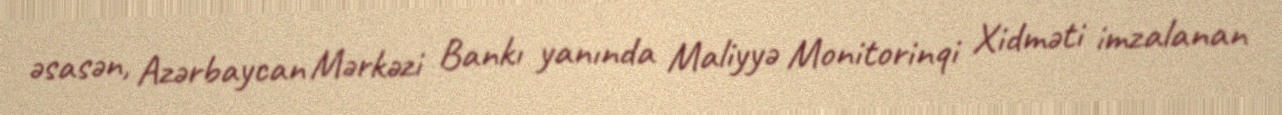
əsasən, Azərbaycan Mərkəzi Bankı yanında Maliyyə Monitorinqi Xidməti imzalanan